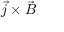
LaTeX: { \vec { j } } \times { \vec { B } }